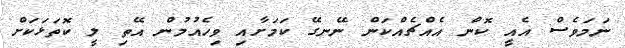
ނަމަވެސް އެއީ ކޮން އެއްޗެއްކަން ނޭނގޭ ކަމަށާއި ވިހެއުމުން އޭތި ލީ ކޮތަޅަކަށް